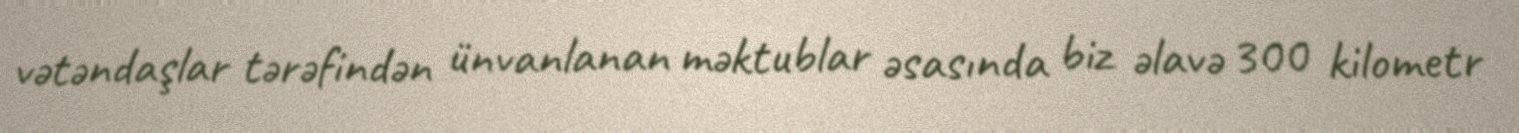
vətəndaşlar tərəfindən ünvanlanan məktublar əsasında biz əlavə 300 kilometr